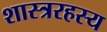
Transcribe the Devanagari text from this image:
शास्त्ररहस्य